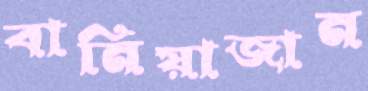
বানিয়াজান